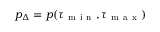
p _ { \Delta } = p ( \tau _ { \mathrm { ~ m ~ i ~ n ~ } } , \tau _ { \mathrm { ~ m ~ a ~ x ~ } } )